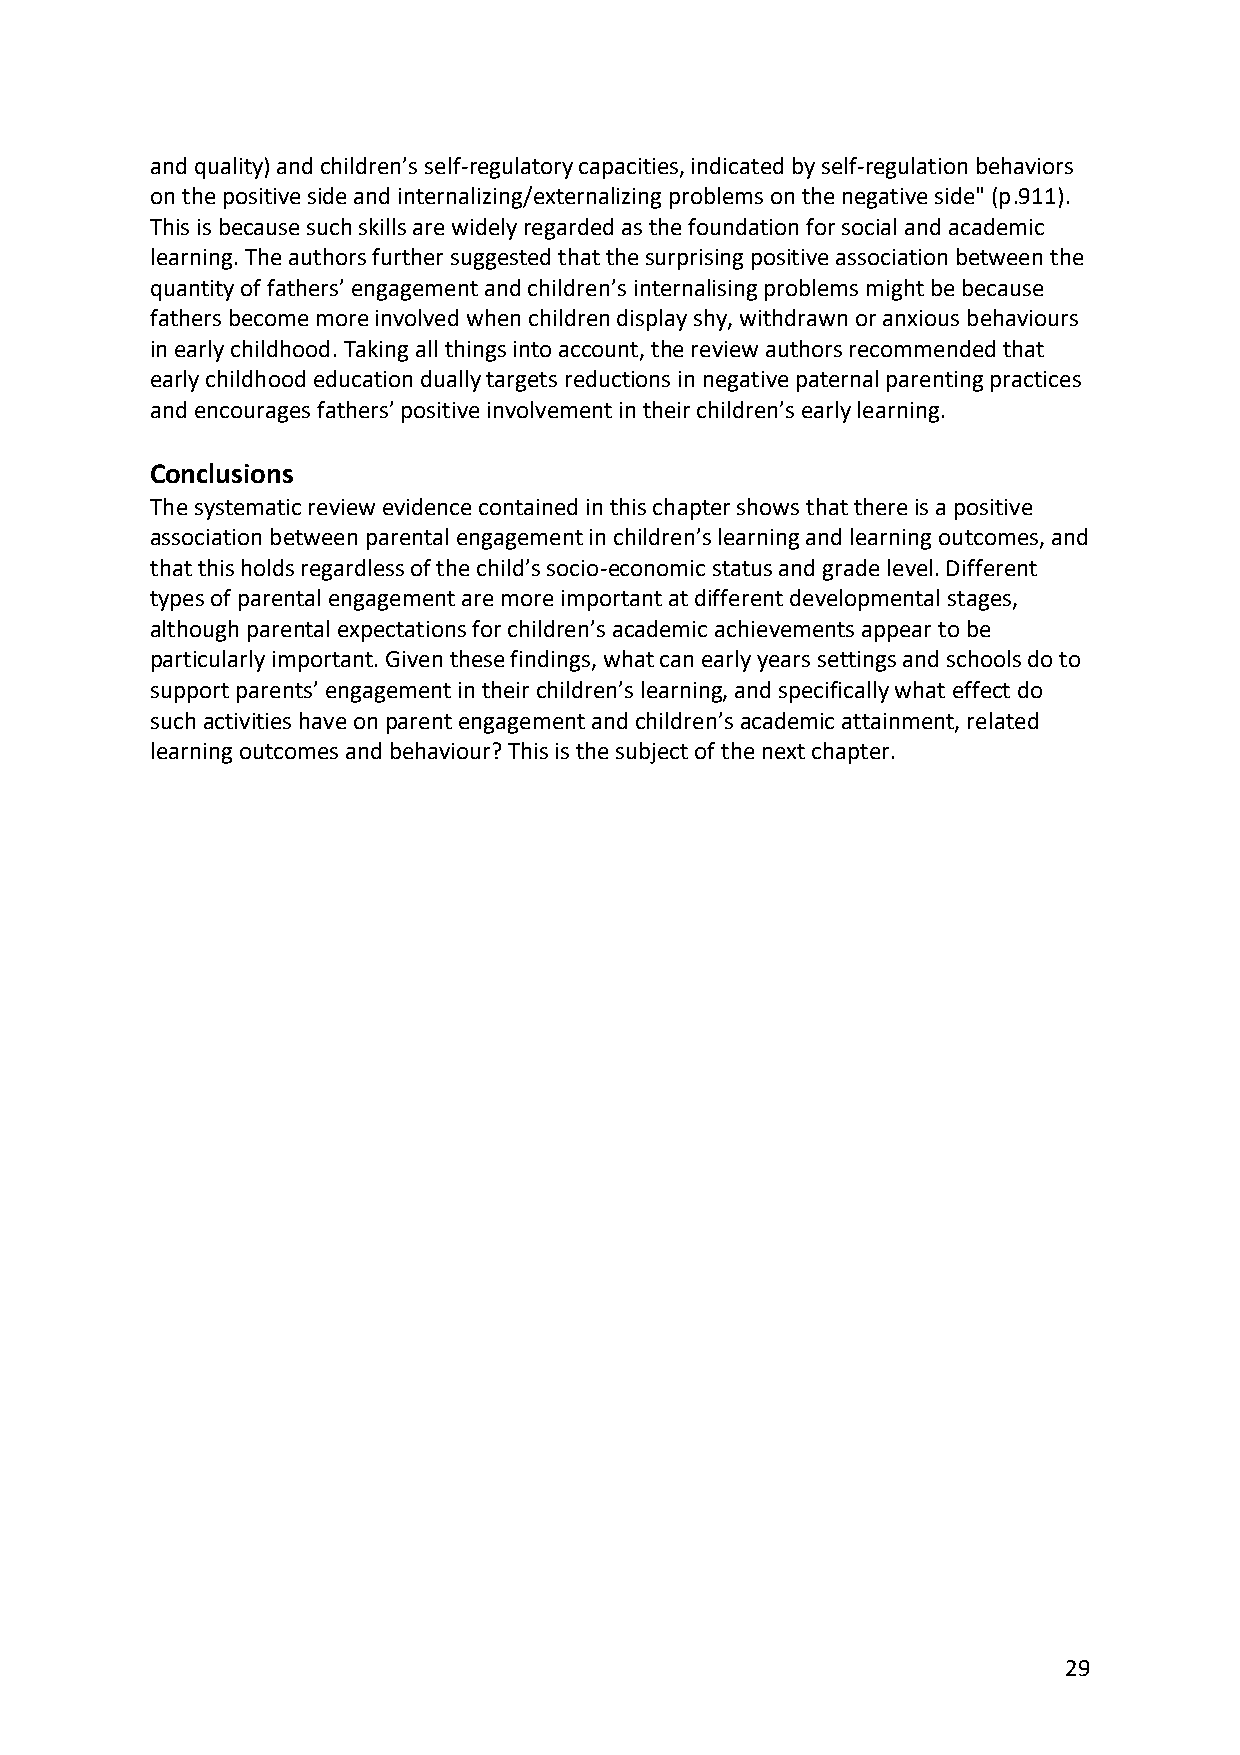
and quality) and children’s self-regulatory capacities, indicated by self-regulation behaviors
 on the positive side and internalizing/externalizing problems on the negative side" (p.911).
 This is because such skills are widely regarded as the foundation for social and academic
 learning. The authors further suggested that the surprising positive association between the
 quantity of fathers’ engagement and children’s internalising problems might be because
 fathers become more involved when children display shy, withdrawn or anxious behaviours
 in early childhood. Taking all things into account, the review authors recommended that
 early childhood education dually targets reductions in negative paternal parenting practices
 and encourages fathers’ positive involvement in their children’s early learning.
 Conclusions
 The systematic review evidence contained in this chapter shows that there is a positive
 association between parental engagement in children’s learning and learning outcomes, and
 that this holds regardless of the child’s socio-economic status and grade level. Different
 types of parental engagement are more important at different developmental stages,
 although parental expectations for children’s academic achievements appear to be
 particularly important. Given these findings, what can early years settings and schools do to
 support parents’ engagement in their children’s learning, and specifically what effect do
 such activities have on parent engagement and children’s academic attainment, related
 learning outcomes and behaviour? This is the subject of the next chapter.
 29